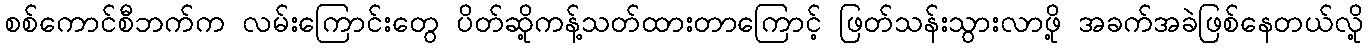
စစ်ကောင်စီဘက်က လမ်းကြောင်းတွေ ပိတ်ဆို့ကန့်သတ်ထားတာကြောင့် ဖြတ်သန်းသွားလာဖို့ အခက်အခဲဖြစ်နေတယ်လို့